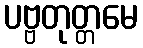
ပဗ္ဗတုတ္တမေ